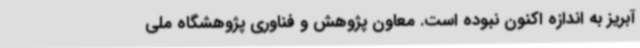
آبریز به اندازه اکنون نبوده است. معاون پژوهش و فناوری پژوهشگاه ملی